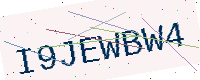
Text: I9JEWBW4